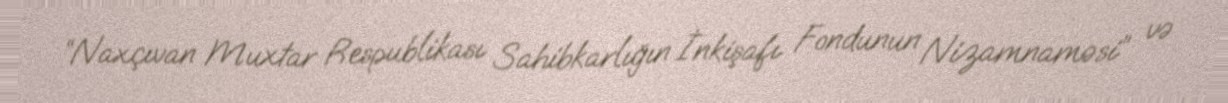
“Naxçıvan Muxtar Respublikası Sahibkarlığın İnkişafı Fondunun Nizamnaməsi” və